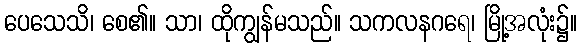
ပေသေသိ၊ စေ၏။ သာ၊ ထိုကျွန်မသည်။ သကလနဂရေ၊ မြို့အလုံး၌။